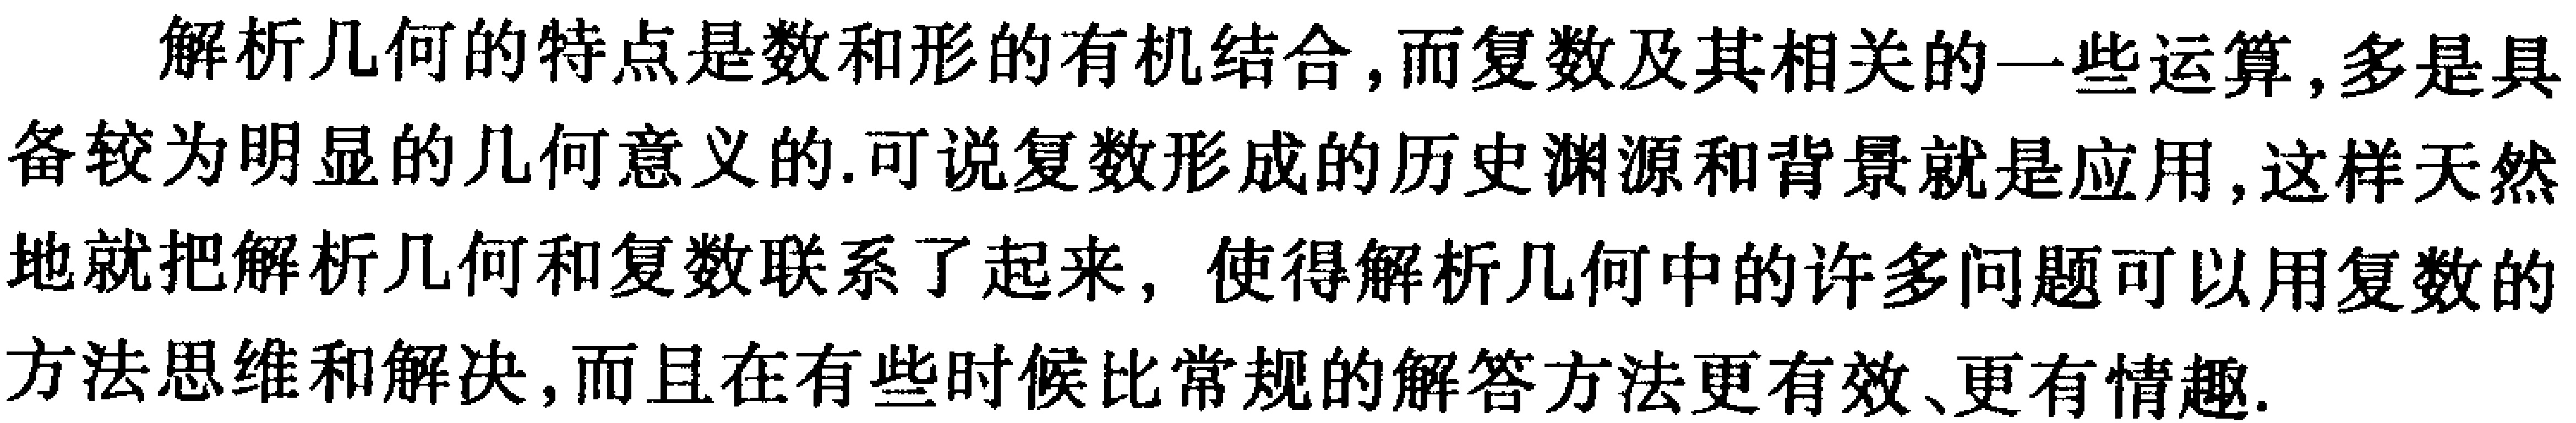
解析几何的特点是数和形的有机结合, 而复数及其相关的一些运算, 多是具备较为明显的几何意义的. 可说复数形成的历史渊源和背景就是应用, 这样天然地就把解析几何和复数联系了起来, 使得解析几何中的许多问题可以用复数的方法思维和解决, 而且在有些时候比常规的解答方法更有效、更有情趣.